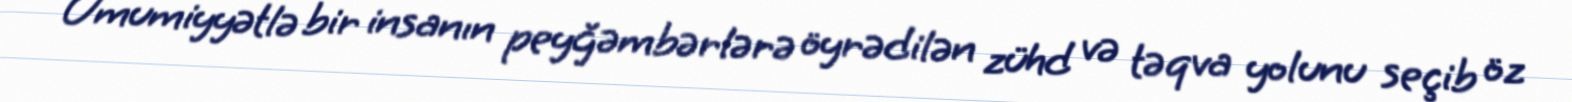
Ümumiyyətlə bir insanın peyğəmbərlərə öyrədilən zühd və təqva yolunu seçib öz